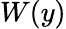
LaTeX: W(y)